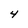
Character: 4